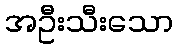
အဦးသီးသော